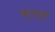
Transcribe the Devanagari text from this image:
कुन्दपुर